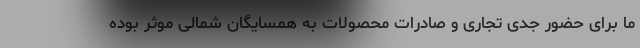
ما برای حضور جدی تجاری و صادرات محصولات به همسایگان شمالی موثر بوده